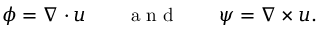
\begin{array} { r l r l r } { \phi = \nabla \cdot \boldsymbol { u } } & { { } } & { \mathrm { ~ a ~ n ~ d ~ } } & { { } } & { \boldsymbol { \psi } = \nabla \times \boldsymbol { u } . } \end{array}